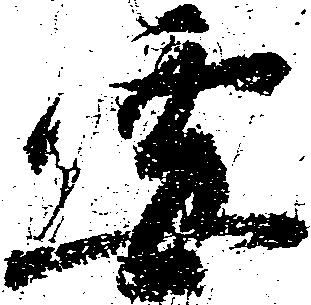
要